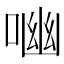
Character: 㗀